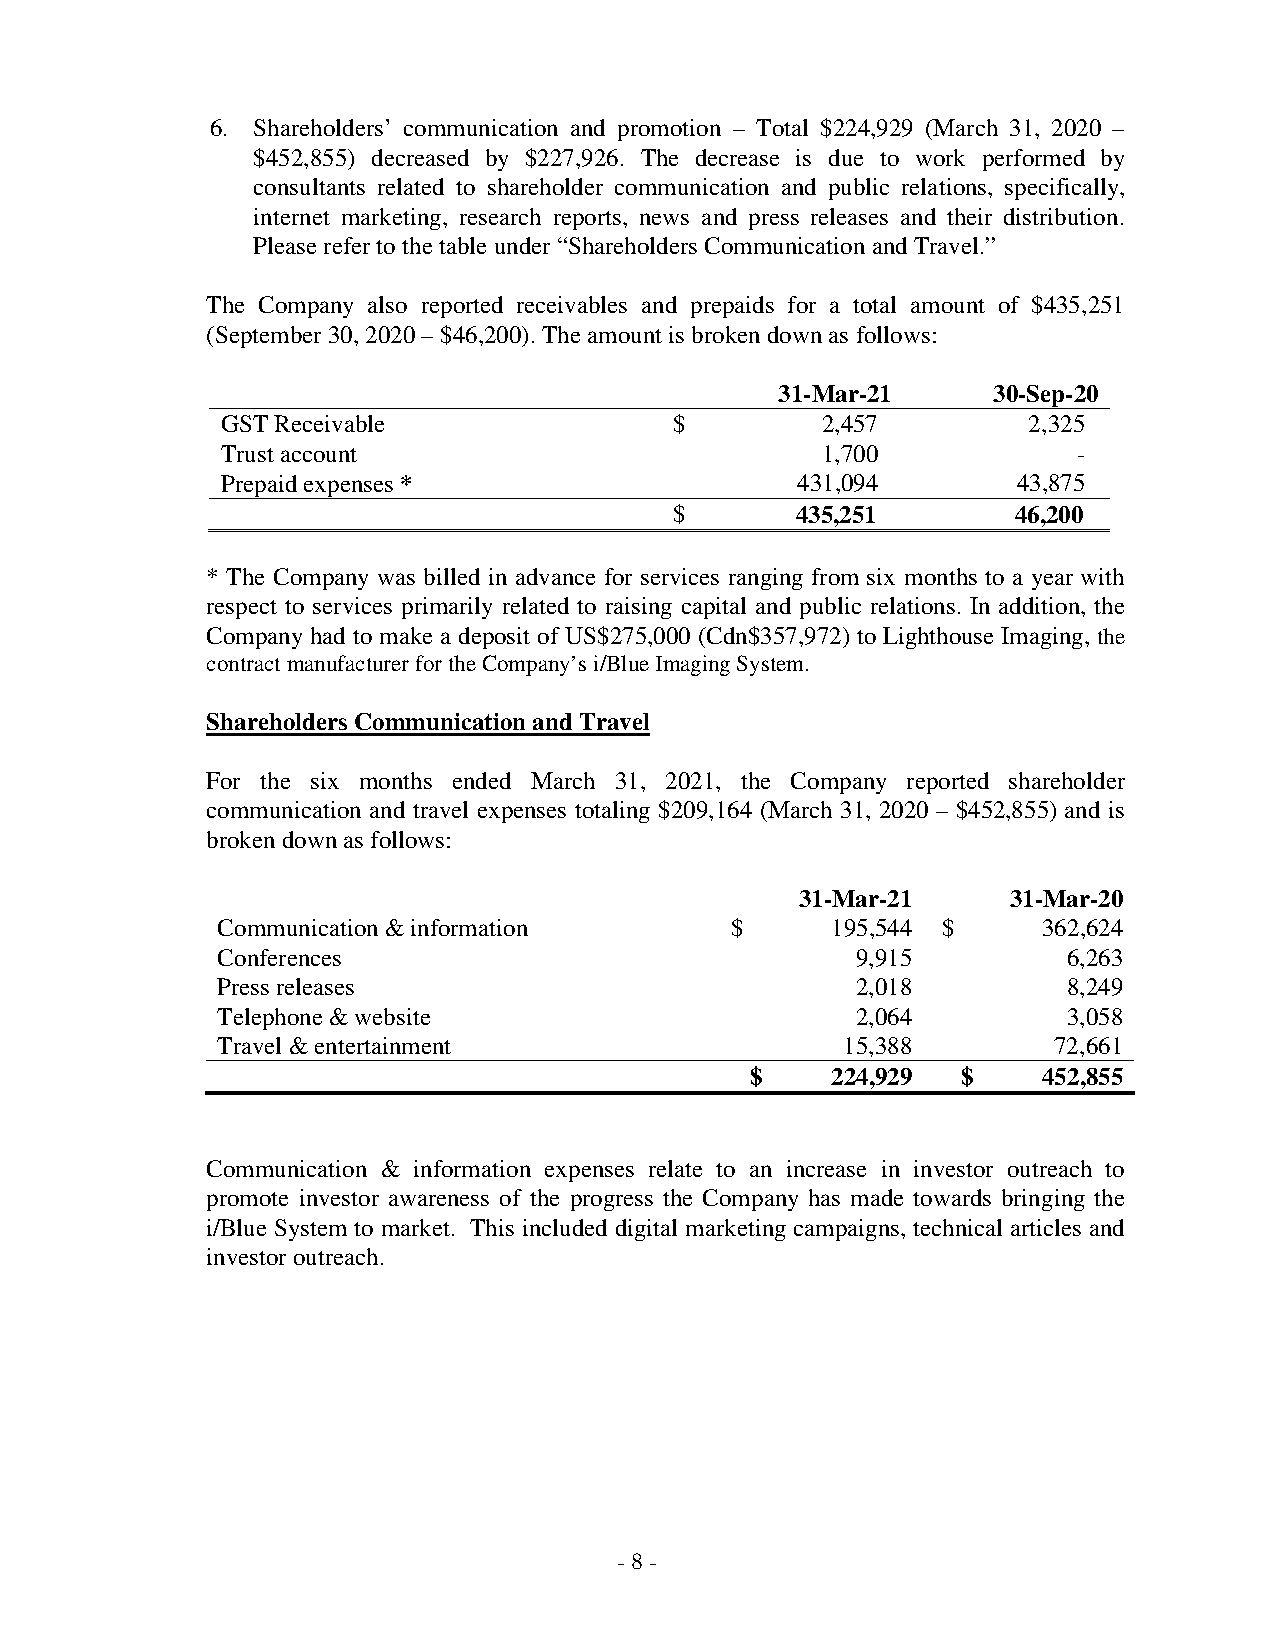
6. Shareholders’ communication and promotion – Total $224,929 (March 31, 2020 –
 $452,855) decreased by $227,926. The decrease is due to work performed by
 consultants related to shareholder communication and public relations, specifically,
 internet marketing, research reports, news and press releases and their distribution.
 Please refer to the table under “Shareholders Communication and Travel.”
 The Company also reported receivables and prepaids for a total amount of $435,251
 (September 30, 2020 – $46,200). The amount is broken down as follows:
 31-Mar-21     30-Sep-20
 GST Receivable                $        2,457         2,325
 Trust account                          1,700            -
 Prepaid expenses *                    431,094       43,875
 $       435,251       46,200
 * The Company was billed in advance for services ranging from six months to a year with
 respect to services primarily related to raising capital and public relations. In addition, the
 Company had to make a deposit of US$275,000 (Cdn$357,972) to Lighthouse Imaging, the
 contract manufacturer for the Company’s i/Blue Imaging System.
 Shareholders Communication and Travel
 For the six months ended March 31, 2021, the Company reported shareholder
 communication and travel expenses totaling $209,164 (March 31, 2020 – $452,855) and is
 broken down as follows:
 31-Mar-21     31-Mar-20
 Communication & information       $      195,544 $     362,624
 Conferences                                9,915         6,263
 Press releases                             2,018         8,249
 Telephone & website                        2,064         3,058
 Travel & entertainment                    15,388        72,661
 $    224,929  $    452,855
 Communication & information expenses relate to an increase in investor outreach to
 promote investor awareness of the progress the Company has made towards bringing the
 i/Blue System to market. This included digital marketing campaigns, technical articles and
 investor outreach.
 - 8 -